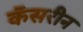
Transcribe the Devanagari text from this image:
कॅसरीन